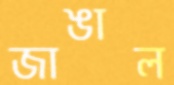
জাঙাল